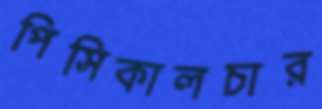
পিসিকালচার